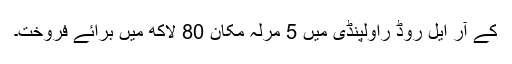
کے آر ایل روڈ راولپنڈی میں 5 مرلہ مکان 80 لاکھ میں برائے فروخت۔